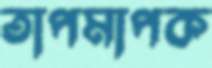
তাপমাপক